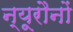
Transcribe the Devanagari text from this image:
न्यूरौनों